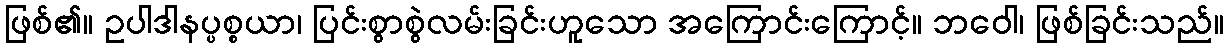
ဖြစ်၏။ ဥပါဒါနပ္ပစ္စယာ၊ ပြင်းစွာစွဲလမ်းခြင်းဟူသော အကြောင်းကြောင့်။ ဘဝေါ၊ ဖြစ်ခြင်းသည်။